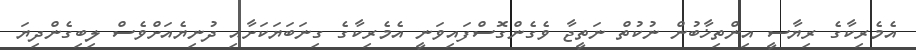
އެމެރިކާގެ ރިޔާސީ އިންތިޚާބުން ނުކުތް ނަތީޖާ ވެގެންގޮސްފައިވަނީ އެމެރިކާގެ ގިނަބަޔަކަށާއި ދުނިޔެއަށްވެސް ލިބިގެންދިޔަ